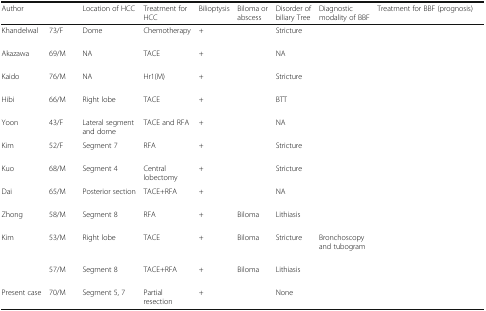
<table><thead><tr><td><b>Author</b></td><td>[EMPTY_CELL]</td><td><b>Location of HCC</b></td><td><b>Treatment for HCC</b></td><td><b>Bilioptysis</b></td><td><b>Biloma or abscess</b></td><td><b>Disorder of biliary Tree</b></td><td><b>Diagnostic modality of BBF</b></td><td><b>Treatment for BBF (prognosis)</b></td></tr></thead><tbody><tr><td>Khandelwal</td><td>73/F</td><td>Dome</td><td>Chemotherapy</td><td>+</td><td>[EMPTY_CELL]</td><td>Stricture</td><td>[EMPTY_CELL]</td><td>[EMPTY_CELL]</td></tr><tr><td>Akazawa</td><td>69/M</td><td>NA</td><td>TACE</td><td>+</td><td>[EMPTY_CELL]</td><td>NA</td><td>[EMPTY_CELL]</td><td>[EMPTY_CELL]</td></tr><tr><td>Kaido</td><td>76/M</td><td>NA</td><td>Hr1(M)</td><td>+</td><td>[EMPTY_CELL]</td><td>Stricture</td><td>[EMPTY_CELL]</td><td>[EMPTY_CELL]</td></tr><tr><td>Hibi</td><td>66/M</td><td>Right lobe</td><td>TACE</td><td>+</td><td>[EMPTY_CELL]</td><td>BTT</td><td>[EMPTY_CELL]</td><td>[EMPTY_CELL]</td></tr><tr><td>Yoon</td><td>43/F</td><td>Lateral segment and dome</td><td>TACE and RFA</td><td>+</td><td>[EMPTY_CELL]</td><td>NA</td><td>[EMPTY_CELL]</td><td>[EMPTY_CELL]</td></tr><tr><td>Kim</td><td>52/F</td><td>Segment 7</td><td>RFA</td><td>+</td><td>[EMPTY_CELL]</td><td>Stricture</td><td>[EMPTY_CELL]</td><td>[EMPTY_CELL]</td></tr><tr><td>Kuo</td><td>68/M</td><td>Segment 4</td><td>Central lobectomy</td><td>+</td><td>[EMPTY_CELL]</td><td>Stricture</td><td>[EMPTY_CELL]</td><td>[EMPTY_CELL]</td></tr><tr><td>Dai</td><td>65/M</td><td>Posterior section</td><td>TACE+RFA</td><td>+</td><td>[EMPTY_CELL]</td><td>NA</td><td>[EMPTY_CELL]</td><td>[EMPTY_CELL]</td></tr><tr><td>Zhong</td><td>58/M</td><td>Segment 8</td><td>RFA</td><td>+</td><td>Biloma</td><td>Lithiasis</td><td>[EMPTY_CELL]</td><td>[EMPTY_CELL]</td></tr><tr><td>Kim</td><td>53/M</td><td>Right lobe</td><td>TACE</td><td>+</td><td>Biloma</td><td>Stricture</td><td>Bronchoscopy and tubogram</td><td>[EMPTY_CELL]</td></tr><tr><td>[EMPTY_CELL]</td><td>57/M</td><td>Segment 8</td><td>TACE+RFA</td><td>+</td><td>Biloma</td><td>Lithiasis</td><td>[EMPTY_CELL]</td><td>[EMPTY_CELL]</td></tr><tr><td>Present case</td><td>70/M</td><td>Segment 5, 7</td><td>Partial resection</td><td>+</td><td>[EMPTY_CELL]</td><td>None</td><td>[EMPTY_CELL]</td><td>[EMPTY_CELL]</td></tr></tbody></table>